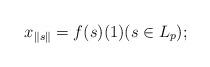
LaTeX: \begin{align*}x_{\|s\|} = f(s)(1) (s \in L_p);\end{align*}